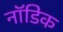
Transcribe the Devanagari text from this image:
नॉडिक